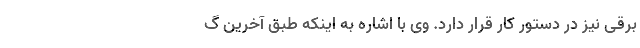
برقی نیز در دستور کار قرار دارد. وی با اشاره به اینکه طبق آخرین گ